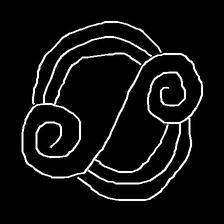
Glyph: wind-underfoot